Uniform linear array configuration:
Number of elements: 48
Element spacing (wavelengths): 0.5
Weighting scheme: uniform
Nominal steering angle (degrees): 30
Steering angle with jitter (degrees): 29.568
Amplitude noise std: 0.05
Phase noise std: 0.05

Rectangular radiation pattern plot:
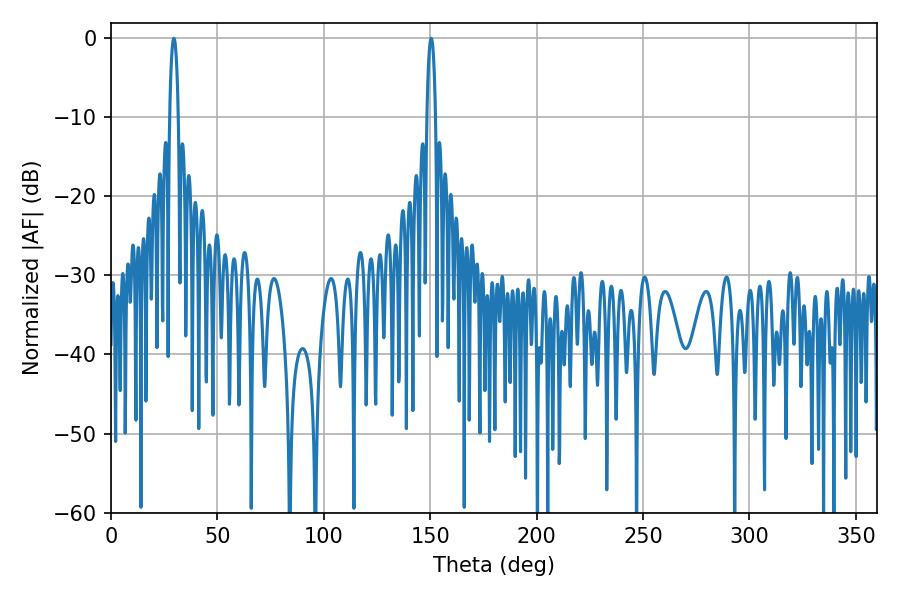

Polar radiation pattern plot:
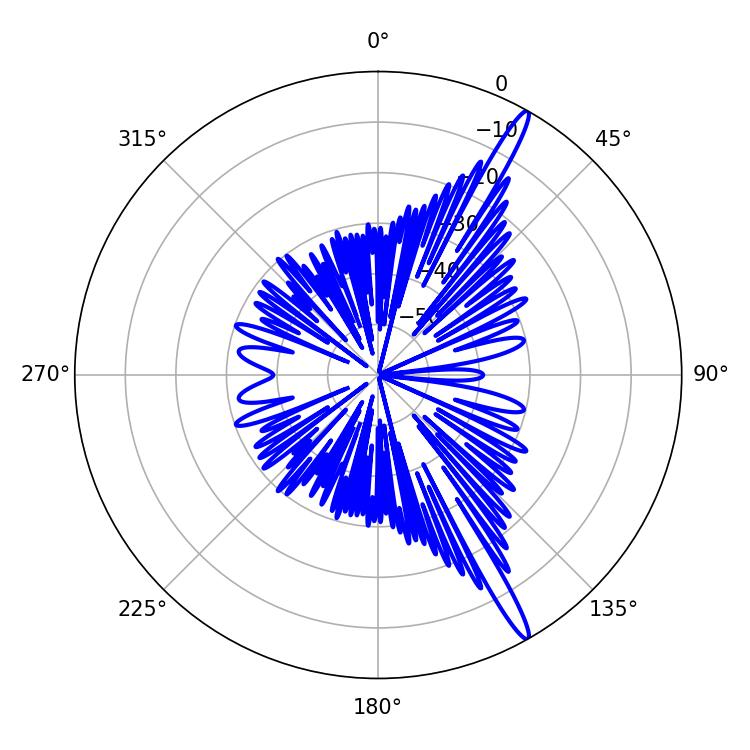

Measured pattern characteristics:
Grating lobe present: FALSE
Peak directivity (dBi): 16.298
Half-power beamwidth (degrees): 2.16
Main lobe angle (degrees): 29.52